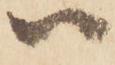
ハ